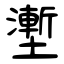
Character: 壍